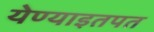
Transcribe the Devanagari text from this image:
येण्याइतपत